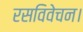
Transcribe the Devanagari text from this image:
रसविवेचन।